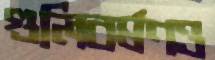
গুলিবর্ষণও